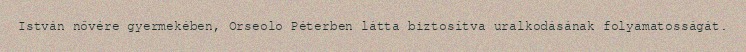
István nővére gyermekében, Orseolo Péterben látta biztosítva uralkodásának folyamatosságát.